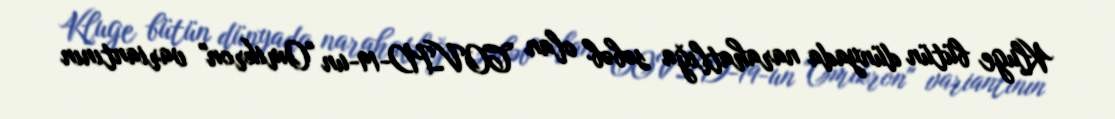
Kluge bütün dünyada narahatlığa səbəb olan COVID-19-un "Omikron" variantının